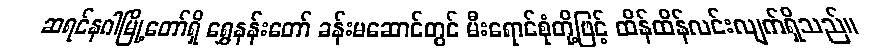
ဆရင်နဂါမြို့တော်ရှိ ရွှေနန်းတော် ခန်းမဆောင်တွင် မီးရောင်စုံတို့ဖြင့် ထိန်ထိန်လင်းလျက်ရှိသည်။